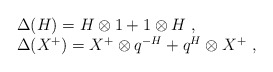
\begin{align*}\begin{array}{rcl}& &\Delta(H)=H\otimes 1+1\otimes H~,\\& &\Delta(X^+)=X^+\otimes q^{-H}+q^{H}\otimes X^+~,\end{array}\end{align*}